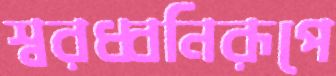
স্বরধ্বনিরূপে